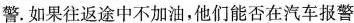
警.如果往返途中不加油，他们能否在汽车报警